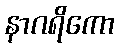
နာဂရိကော